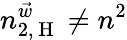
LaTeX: n_{2,\mathrm{~H~}}^{\vec{w}}\neq n^{2}